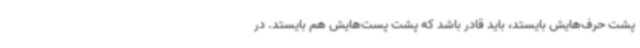
پشت حرف‌هایش بایستد، باید قادر باشد که پشت پست‌هایش هم بایستد. در